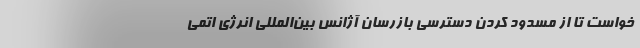
خواست تا از مسدود کردن دسترسی بازرسان آژانس بین‌المللی انرژی اتمی